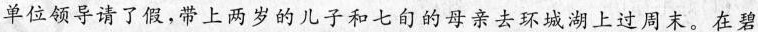
单位领导请了假,带上两岁的儿子和七自的母亲去环城湖上过周末。在碧